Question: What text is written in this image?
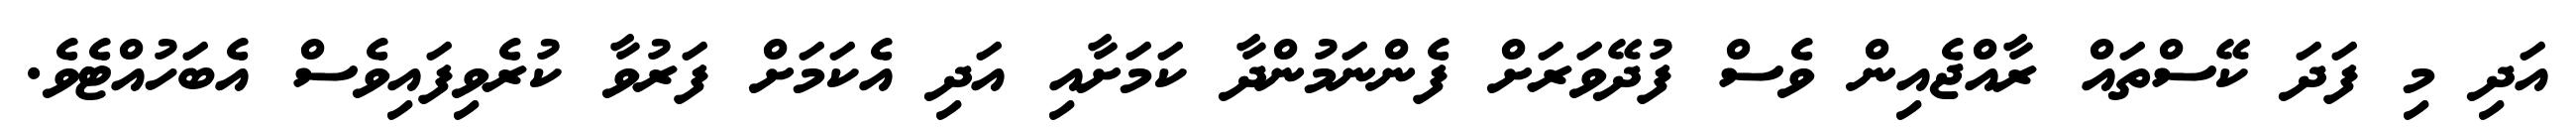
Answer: އަދި މި ފަދަ ކޭސްތައް ރާއްޖެއިން ވެސް ފުދޭވަރަށް ފެންނަމުންދާ ކަމަށާއި އަދި އެކަމަށް ފަރުވާ ކުރެވިފައިވެސް އެބަހުއްޓެވެ.